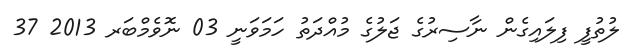
ލުތުފީ ފިލައިގެން ނާސިރުގެ ޖަލުގެ މުއްދަތު ހަމަވަނީ 03 ނޮވެމްބަރ 2013 37